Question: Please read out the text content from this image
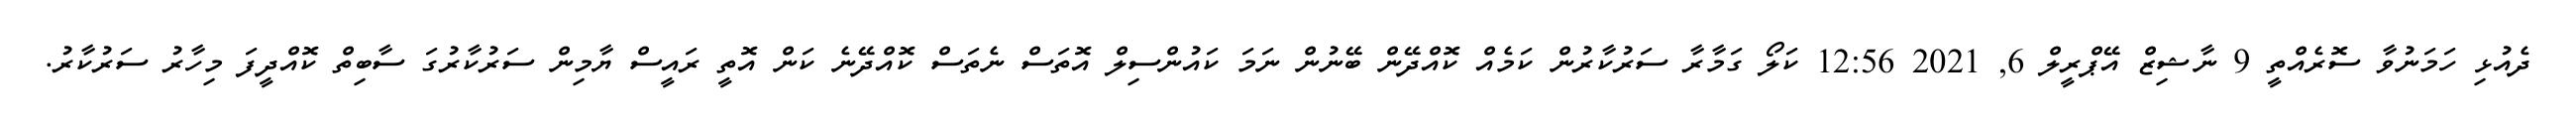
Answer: ދެއުޅި ހަމަނުވާ ސޮރެއްތީ 9 ނާޝިޒް އޭޕްރީލް 6, 2021 12:56 ކަލޯ ގަމާރާ ސަރުކާރުން ކަމެއް ކޮއްދޭން ބޭނުން ނަމަ ކައުންސިލް އޮތަސް ނެތަސް ކޮއްދޭނެ ކަން އޮތީ ރައީސް ޔާމިން ސަރުކާރުގަ ސާބިތް ކޮއްދީފަ މިހާރު ސަރުކާރު.